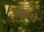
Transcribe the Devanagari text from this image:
भेजथे